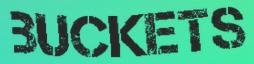
BUCKETS